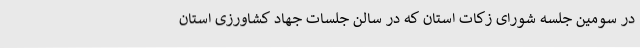
در سومین جلسه شورای زکات استان که در سالن جلسات جهاد کشاورزی استان